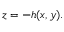
z = - h ( x , y ) .